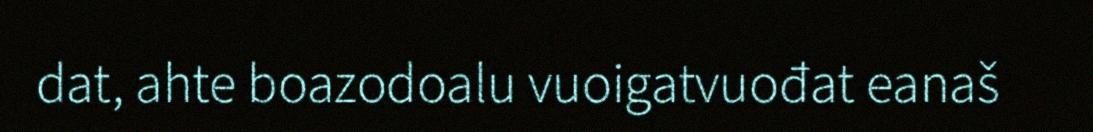
dat, ahte boazodoalu vuoigatvuođat eanaš